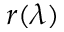
r ( \lambda )